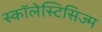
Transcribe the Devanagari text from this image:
स्कॉलेस्टिसिज्म